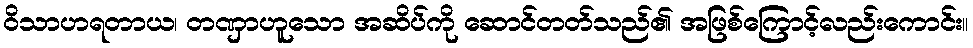
ဝိသာဟရတာယ၊ တဏှာဟူသော အဆိပ်ကို ဆောင်တတ်သည်၏ အဖြစ်ကြောင့်လည်းကောင်း။